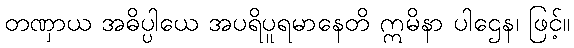
တဏှာယ အဓိပ္ပါယေ အပရိပူရမာနေတိ ဣမိနာ ပါဌေန၊ ဖြင့်။